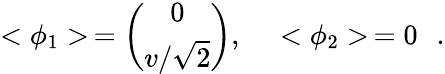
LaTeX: <\phi_{1}>\, =\left(\begin{array}{c}{{0}}\\ {{{v/\sqrt{2}}}}\end{array}\right),\ \ \ \ <\phi_{2}>\, =0\, \, \, \, .